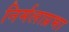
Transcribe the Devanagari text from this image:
निर्मलाप्रभा